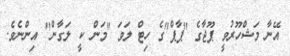
އޭނާ މަޝްހޫރުވީ ޕޫޖާގެ "ޕާޕް"ގެ ހިޓް ލަވަ "މަން ކީ ލަގާން" އިންނެވެ.